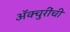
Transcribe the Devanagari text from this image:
ॲक्चुरींची